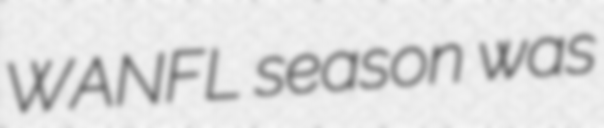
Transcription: WANFL season was